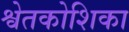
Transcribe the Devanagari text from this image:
श्वेतकोशिका